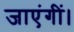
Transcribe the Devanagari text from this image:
जाएंगीं।